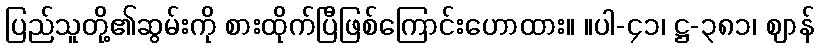
ပြည်သူတို့၏ဆွမ်းကို စားထိုက်ပြီဖြစ်ကြောင်းဟောထား။ ။ပါ-၄၁၊ ဋ္ဌ-၃၈၁၊ ဈာန်